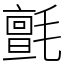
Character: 氈